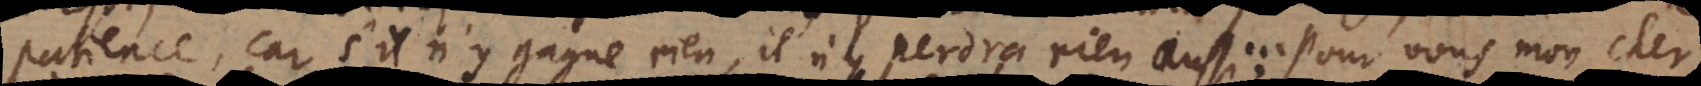
patience, car s’il n’y gagne rien, il n’y perdra rien aussi. Pour vous, mon ch